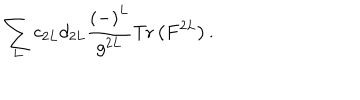
\sum _ { L } c _ { 2 L } d _ { 2 L } \frac { \left( - \right) ^ { L } } { g ^ { 2 L } } \mathrm { T r } \left( F ^ { 2 L } \right) .